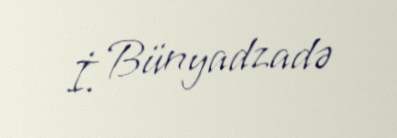
İ. Bünyadzadə